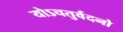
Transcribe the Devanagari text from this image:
योऽचतुर्वदनो